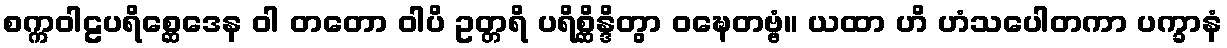
စက္ကဝါဠပရိစ္ဆေဒေန ဝါ တတော ဝါပိ ဥတ္တရိ ပရိစ္ဆိန္ဒိတွာ ဝဍ္ဎေတဗ္ဗံ။ ယထာ ဟိ ဟံသပေါတကာ ပက္ခာနံ